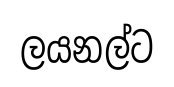
ලයනල්ට